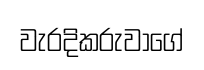
වැරදිකරුවාගේ